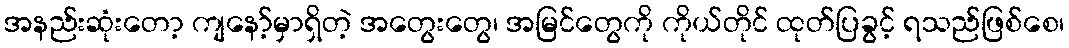
အနည်းဆုံးတော့ ကျနော့်မှာရှိတဲ့ အတွေးတွေ၊ အမြင်တွေကို ကိုယ်တိုင် ထုတ်ပြခွင့် ရသည်ဖြစ်စေ၊